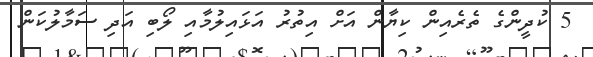
5 ކުދީންގެ ތެރެއިން ކިޔާން އަށް އިތުރު އަޅައިލުމާއި ލޯބި އަދި ސަމާލުކަން